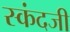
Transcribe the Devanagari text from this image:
स्कंदजी